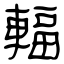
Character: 輻